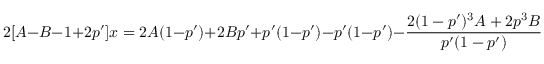
2 [ A - B - 1 + 2 p ^ { \prime } ] x = 2 A ( 1 - p ^ { \prime } ) + 2 B p ^ { \prime } + p ^ { \prime } ( 1 - p ^ { \prime } ) - p ^ { \prime } ( 1 - p ^ { \prime } ) - \frac { 2 ( 1 - p ^ { \prime } ) ^ { 3 } A + 2 p ^ { 3 } B } { p ^ { \prime } ( 1 - p ^ { \prime } ) }